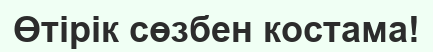
Өтірік сөзбен костама!